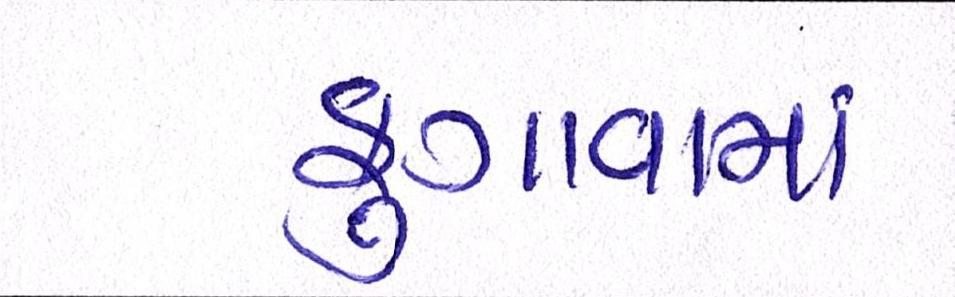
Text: ફુગાવામાં